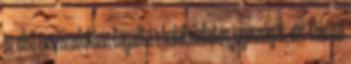
az első évszázadokban tagadta a halálbüntetés jogosságát, ezt tükrözi